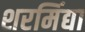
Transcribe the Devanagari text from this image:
शरमिंद्या